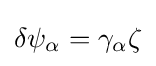
\delta \psi _{\alpha }=\gamma _{\alpha }\zeta